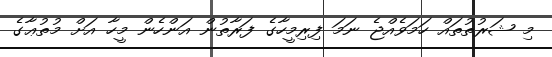
މި ޝަރުތުތައް ހަމަވެއްޖެ ނަމަ ފިރިމީހާގެ ފަރާތުން އަންހެން މީހާ އަށް މުތުޢާގެ